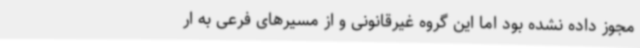
مجوز داده نشده بود اما این گروه غیرقانونی و از مسیرهای فرعی به ار